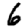
Digit: 6